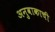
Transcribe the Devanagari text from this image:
अनुवाकाची